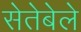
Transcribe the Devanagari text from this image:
सेतेबेले